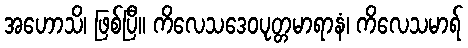
အဟောသိ၊ ဖြစ်ပြီ။ ကိလေသဒေဝပုတ္တမာရာနံ၊ ကိလေသမာရ်